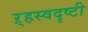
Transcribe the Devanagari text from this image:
ऱ्हस्वदृष्टी